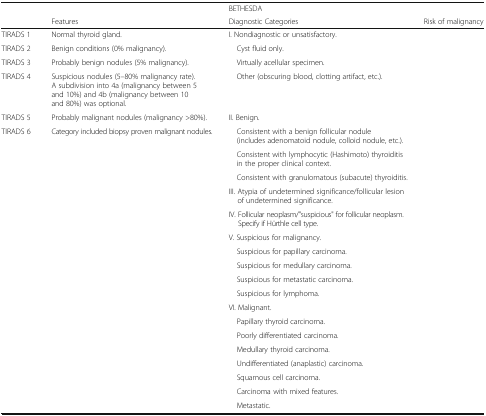
<table><thead><tr><td>[EMPTY_CELL]</td><td>[EMPTY_CELL]</td><td><b>BETHESDA</b></td><td>[EMPTY_CELL]</td></tr><tr><td>[EMPTY_CELL]</td><td><b>Features</b></td><td><b>Diagnostic Categories</b></td><td><b>Risk of malignancy</b></td></tr></thead><tbody><tr><td>TIRADS 1</td><td>Normal thyroid gland.</td><td>I. Nondiagnostic or unsatisfactory.</td><td>[EMPTY_CELL]</td></tr><tr><td>TIRADS 2</td><td>Benign conditions (0% malignancy).</td><td> Cyst fluid only.</td><td>[EMPTY_CELL]</td></tr><tr><td>TIRADS 3</td><td>Probably benign nodules (5% malignancy).</td><td> Virtually acellular specimen.</td><td>[EMPTY_CELL]</td></tr><tr><td>TIRADS 4</td><td>Suspicious nodules (5–80% malignancy rate). A subdivision into 4a (malignancy between 5 and 10%) and 4b (malignancy between 10 and 80%) was optional.</td><td> Other (obscuring blood, clotting artifact, etc.).</td><td>[EMPTY_CELL]</td></tr><tr><td>TIRADS 5</td><td>Probably malignant nodules (malignancy &gt;80%).</td><td>II. Benign.</td><td>[EMPTY_CELL]</td></tr><tr><td>TIRADS 6</td><td>Category included biopsy proven malignant nodules.</td><td> Consistent with a benign follicular nodule (includes adenomatoid nodule, colloid nodule, etc.).</td><td>[EMPTY_CELL]</td></tr><tr><td>[EMPTY_CELL]</td><td>[EMPTY_CELL]</td><td> Consistent with lymphocytic (Hashimoto) thyroiditis in the proper clinical context.</td><td>[EMPTY_CELL]</td></tr><tr><td>[EMPTY_CELL]</td><td>[EMPTY_CELL]</td><td> Consistent with granulomatous (subacute) thyroiditis.</td><td>[EMPTY_CELL]</td></tr><tr><td>[EMPTY_CELL]</td><td>[EMPTY_CELL]</td><td>III. Atypia of undetermined significance/follicular lesion of undetermined significance.</td><td>[EMPTY_CELL]</td></tr><tr><td>[EMPTY_CELL]</td><td>[EMPTY_CELL]</td><td>IV. Follicular neoplasm/"suspicious" for follicular neoplasm. Specify if Hürthle cell type.</td><td>[EMPTY_CELL]</td></tr><tr><td>[EMPTY_CELL]</td><td>[EMPTY_CELL]</td><td>V. Suspicious for malignancy.</td><td>[EMPTY_CELL]</td></tr><tr><td>[EMPTY_CELL]</td><td>[EMPTY_CELL]</td><td> Suspicious for papillary carcinoma.</td><td>[EMPTY_CELL]</td></tr><tr><td>[EMPTY_CELL]</td><td>[EMPTY_CELL]</td><td> Suspicious for medullary carcinoma.</td><td>[EMPTY_CELL]</td></tr><tr><td>[EMPTY_CELL]</td><td>[EMPTY_CELL]</td><td> Suspicious for metastatic carcinoma.</td><td>[EMPTY_CELL]</td></tr><tr><td>[EMPTY_CELL]</td><td>[EMPTY_CELL]</td><td> Suspicious for lymphoma.</td><td>[EMPTY_CELL]</td></tr><tr><td>[EMPTY_CELL]</td><td>[EMPTY_CELL]</td><td>VI. Malignant.</td><td>[EMPTY_CELL]</td></tr><tr><td>[EMPTY_CELL]</td><td>[EMPTY_CELL]</td><td> Papillary thyroid carcinoma.</td><td>[EMPTY_CELL]</td></tr><tr><td>[EMPTY_CELL]</td><td>[EMPTY_CELL]</td><td> Poorly differentiated carcinoma.</td><td>[EMPTY_CELL]</td></tr><tr><td>[EMPTY_CELL]</td><td>[EMPTY_CELL]</td><td> Medullary thyroid carcinoma.</td><td>[EMPTY_CELL]</td></tr><tr><td>[EMPTY_CELL]</td><td>[EMPTY_CELL]</td><td> Undifferentiated (anaplastic) carcinoma.</td><td>[EMPTY_CELL]</td></tr><tr><td>[EMPTY_CELL]</td><td>[EMPTY_CELL]</td><td> Squamous cell carcinoma.</td><td>[EMPTY_CELL]</td></tr><tr><td>[EMPTY_CELL]</td><td>[EMPTY_CELL]</td><td> Carcinoma with mixed features.</td><td>[EMPTY_CELL]</td></tr><tr><td>[EMPTY_CELL]</td><td>[EMPTY_CELL]</td><td> Metastatic.</td><td>[EMPTY_CELL]</td></tr></tbody></table>